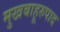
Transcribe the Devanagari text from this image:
मुखबाहूरुपाद